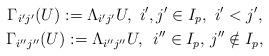
LaTeX: \begin{gather*}\Gamma_{i'j'}(U):=\Lambda_{i'j'}U,\,\,i',j'\in I_p,\,\,i'<j', \\\Gamma_{i''j''}(U):=\Lambda_{i''j''}U,\,\,\,i''\in I_p,\,j''\notin I_p,\end{gather*}